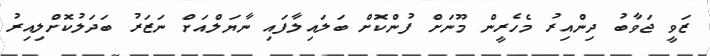
ޒަވީ ޖަވާބު ދިންއިރު މެހެރީން މޫނަށް ފުންކޮށް ބަލައިލާފައި ނާޔަލްއަށް ނަޒަރު ބަދަލުކޮށްލިއިރު